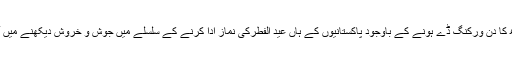
بدھ کا دن ورکنگ ڈے ہونے کے باوجود پاکستانیوں کے ہاں عید الفطرکی نماز ادا کرنے کے سلسلے میں جوش و خروش دیکھنے میں آیا۔